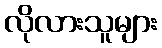
လိုလားသူများ